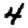
Digit: 4